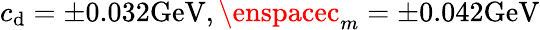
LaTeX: c_{\mathrm{d}}=\pm0.032\mathrm{{GeV}},\enspacec_{m}=\pm0.042\mathrm{{GeV}}